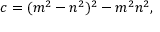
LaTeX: c = ( m ^ { 2 } - n ^ { 2 } ) ^ { 2 } - m ^ { 2 } n ^ { 2 } ,